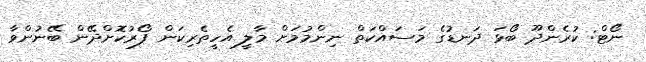
ނޯޓް: ކުރެންދޫ ބޯޅަ ދަނޑުގެ މަސައްކަތް ނިންމުމަށް މާލީ އެހީތެރިކަން ފޯރުކޮށްދޭން ބޭނުންވާ